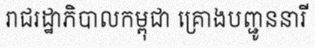
រាជរដ្ឋាភិបាលកម្ពុជា គ្រោងបញ្ជូននារី